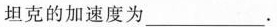
坦克的加速度为___.